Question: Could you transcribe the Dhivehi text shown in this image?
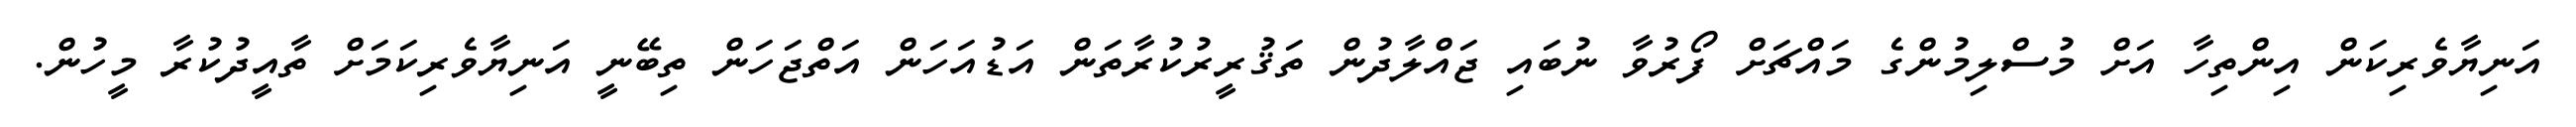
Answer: އަނިޔާވެރިކަން އިންތިހާ އަށް މުސްލިމުންގެ މައްޗަށް ފޯރުވާ ނުބައި ޖައްލާދުން ތަޤުރީރުކުރާތަން އަޑުއަހަން އަތްޖަހަން ތިބޭނީ އަނިޔާވެރިކަމަށް ތާއީދުކުރާ މީހުން.